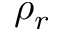
\rho _ { r }